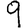
Digit: 9